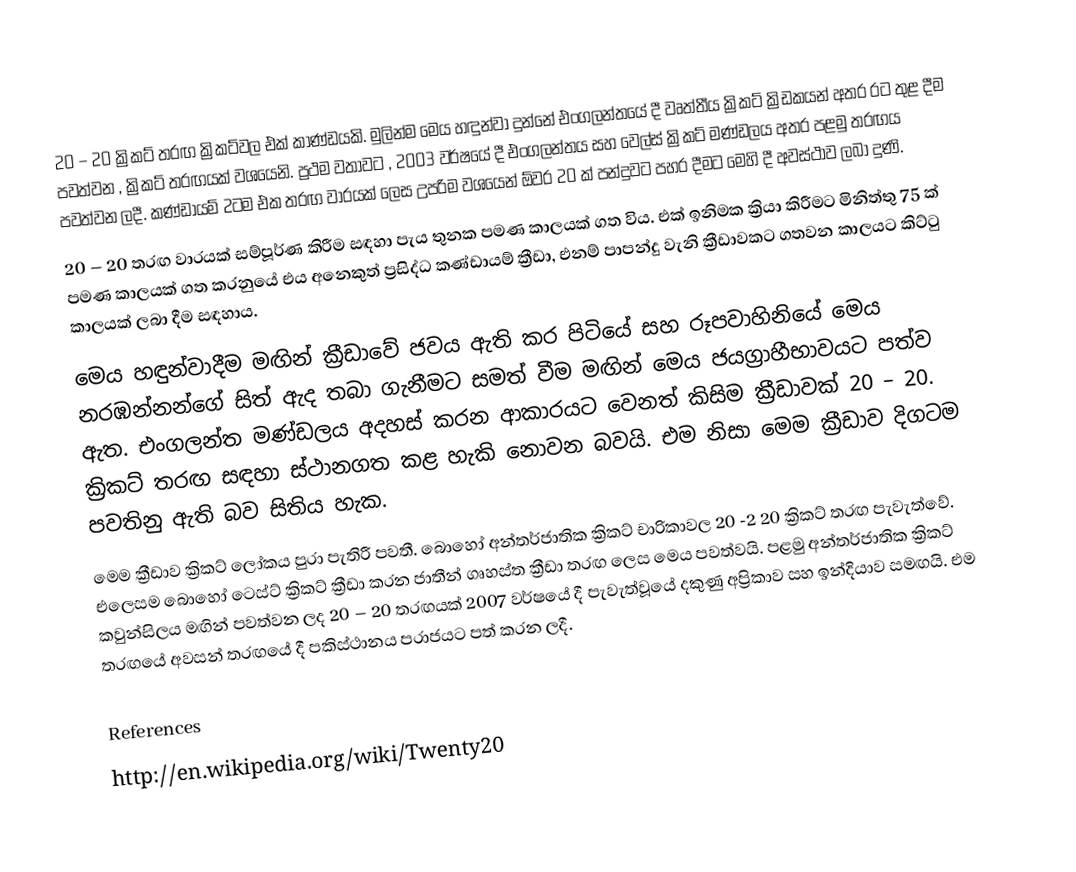
20 – 20 ක්‍රිකට් තරඟ ක්‍රිකට්වල එක් කාණ්ඩයකි. මුලින්ම මෙය හඳුන්වා දුන්නේ එංගලන්තයේ දී වෘත්තීය ක්‍රිකට් ක්‍රිඩකයන් අතර රට තුළ දීම පවත්වන , ක්‍රිකට් තරඟයක් වශයෙනි. ප්‍රථම වතාවට , 2003 වර්ෂයේ දී එංගලන්තය සහ වෙල්ස් ක්‍රිකට් මණ්ඩලය අතර පළමු තරඟය පවත්වන ලදී. කණ්ඩායම් 2ටම එක තරඟ වාරයක් ලෙස උපරිම වශයෙන් ඕවර 20 ක් පන්දුවට පහර දීමට මෙහි දී අවස්ථාව ලබා දුණි.
20 – 20 තරඟ වාරයක් සම්පූර්ණ කිරීම සඳහා පැය තුනක පමණ කාලයක් ගත විය. එක් ඉනිමක ක්‍රියා කිරීමට මිනිත්තු 75 ක් පමණ කාලයක් ගත කරනුයේ එය අනෙකුත් ප්‍රසිද්ධ කණ්ඩායම් ක්‍රීඩා, එනම් පාපන්දු වැනි ක්‍රීඩාවකට ගතවන කාලයට කිට්ටු කාලයක් ලබා දීම සඳහාය.
මෙය හඳුන්වාදීම මඟින් ක්‍රීඩාවේ ජවය ඇති කර පිටියේ සහ රූපවාහිනියේ මෙය නරඹන්නන්ගේ සිත් ඇද තබා ගැනීමට සමත් වීම මඟින් මෙය ජයග්‍රාහීභාවයට පත්ව ඇත. එංගලන්ත මණ්ඩලය අදහස් කරන ආකාරයට වෙනත් කිසිම ක්‍රීඩාවක් 20 – 20. ක්‍රිකට් තරඟ සඳහා ස්ථානගත කළ හැකි නොවන බවයි. එම නිසා මෙම ක්‍රීඩාව දිගටම පවතිනු ඇති බව සිතිය හැක.
මෙම ක්‍රීඩාව ක්‍රිකට් ලෝකය පුරා පැතිරී පවතී. බොහෝ අන්තර්ජාතික ක්‍රිකට් චාරිකාවල 20 -2 20 ක්‍රිකට් තරඟ පැවැත්වේ. එලෙසම බොහෝ ටෙස්ට් ක්‍රිකට් ක්‍රීඩා කරන ජාතීන් ගෘහස්ත ක්‍රීඩා තරඟ ලෙස මෙය පවත්වයි. පළමු අන්තර්ජාතික ක්‍රිකට් කවුන්සිලය මඟින් පවත්වන ලද 20 – 20 තරඟයක් 2007 වර්ෂයේ දී පැවැත්වූයේ දකුණු අප්‍රිකාව සහ ඉන්දියාව සමඟයි. එම තරඟයේ අවසන් තරඟයේ දී පකිස්ථානය පරාජයට පත් කරන ලදී.

References
http://en.wikipedia.org/wiki/Twenty20